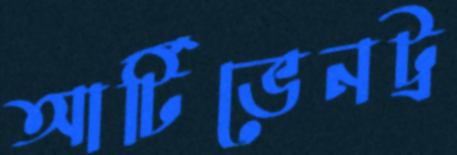
আর্টিভেনট্র